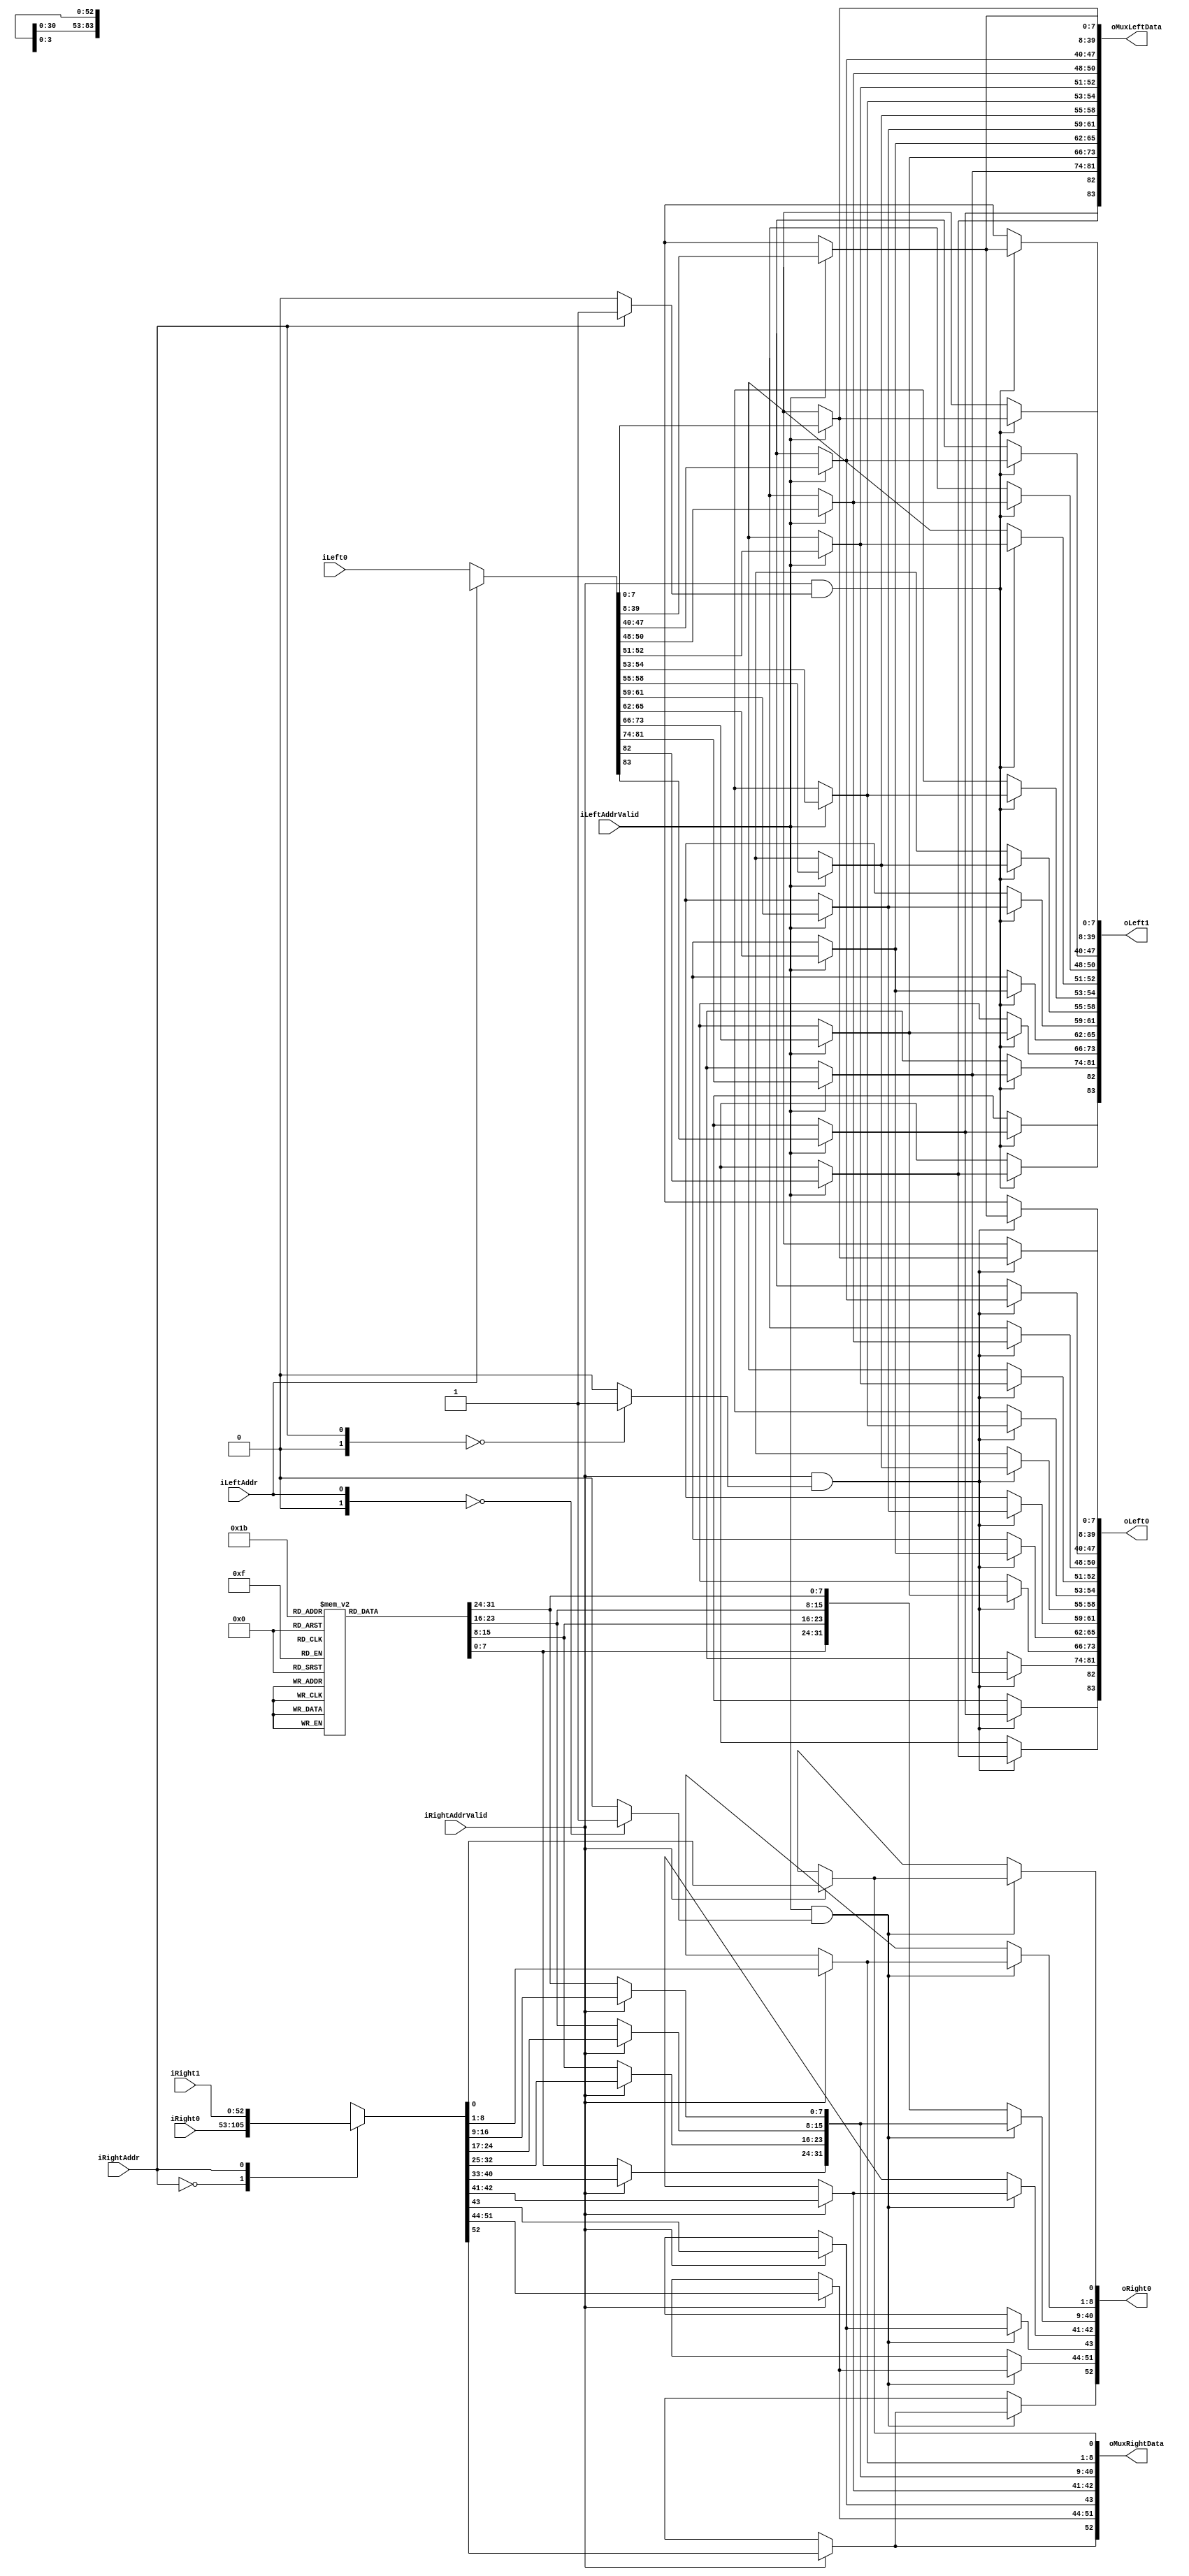
`timescale 1ns/1ps
`default_nettype none
// PLEASE READ THIS, IT MAY SAVE YOU SOME TIME AND MONEY, THANK YOU!
// * This file was generated by Quokka FPGA Toolkit.
// * Generated code is your property, do whatever you want with it
// * Place custom code between [BEGIN USER ***] and [END USER ***].
// * CAUTION: All code outside of [USER] scope is subject to regeneration.
// * Bad things happen sometimes in developer's life,
//   it is recommended to use source control management software (e.g. git, bzr etc) to keep your custom code safe'n'sound.
// * Internal structure of code is subject to change.
//   You can use some of signals in custom code, but most likely they will not exist in future (e.g. will get shorter or gone completely)
// * Please send your feedback, comments, improvement ideas etc. to evmuryshkin@gmail.com
// * Visit https://github.com/EvgenyMuryshkin/QuokkaEvaluation to access latest version of playground
//
// DISCLAIMER:
//   Code comes AS-IS, it is your responsibility to make sure it is working as expected
//   no responsibility will be taken for any loss or damage caused by use of Quokka toolkit.
//
// System configuration name is AXISoCBlinker_TopLevel_Interconnect_readInterconnect_DuplexMux, clock frequency is 1Hz, Embedded
// FSM summary
// -- Packages
module AXISoCBlinker_TopLevel_Interconnect_readInterconnect_DuplexMux
(
	// [BEGIN USER PORTS]
	// [END USER PORTS]
	input wire [83:0] iLeft0,
	input wire [0:0] iLeftAddr,
	input wire iLeftAddrValid,
	input wire [52:0] iRight0,
	input wire [52:0] iRight1,
	input wire [0:0] iRightAddr,
	input wire iRightAddrValid,
	output wire [83:0] oLeft0,
	output wire [83:0] oLeft1,
	output wire [83:0] oMuxLeftData,
	output wire [52:0] oMuxRightData,
	output wire [52:0] oRight0
);
	// [BEGIN USER SIGNALS]
	// [END USER SIGNALS]
	localparam HiSignal = 1'b1;
	localparam LoSignal = 1'b0;
	wire Zero = 1'b0;
	wire One = 1'b1;
	wire true = 1'b1;
	wire false = 1'b0;
	wire signed [1: 0] leftCount = 2'b01;
	wire signed [2: 0] rightCount = 3'b010;
	wire FullDuplexMuxModule_L94F13L104T14_0_rightIndex = 1'b0;
	wire FullDuplexMuxModule_L94F13L104T14_1_rightIndex = 1'b1;
	wire FullDuplexMuxModule_L118F13L128T14_0_leftIndex = 1'b0;
	wire [0: 0] Inputs_iLeftAddr;
	wire Inputs_iLeftAddrValid;
	wire [0: 0] Inputs_iRightAddr;
	wire Inputs_iRightAddrValid;
	reg [7: 0] mEmptyLeftData_AR_ARID;
	reg [31: 0] mEmptyLeftData_AR_ARADDR;
	reg [7: 0] mEmptyLeftData_AR_ARLEN;
	reg [2: 0] mEmptyLeftData_AR_ARSIZE;
	reg [1: 0] mEmptyLeftData_AR_ARBURST;
	reg [1: 0] mEmptyLeftData_AR_ARLOCK;
	reg [3: 0] mEmptyLeftData_AR_ARCACHE;
	reg [2: 0] mEmptyLeftData_AR_ARPROT;
	reg [3: 0] mEmptyLeftData_AR_ARQOS;
	reg [7: 0] mEmptyLeftData_AR_ARREGION;
	reg [7: 0] mEmptyLeftData_AR_ARUSER;
	reg mEmptyLeftData_AR_ARVALID;
	reg mEmptyLeftData_R_RREADY;
	reg mEmptyRightData_AR_ARREADY;
	reg [7: 0] mEmptyRightData_R_RID;
	reg [1: 0] mEmptyRightData_R_RRESP;
	reg mEmptyRightData_R_RLAST;
	reg [7: 0] mEmptyRightData_R_RUSER;
	reg mEmptyRightData_R_RVALID;
	reg [7: 0] mMuxLeftData_AR_ARID;
	reg [31: 0] mMuxLeftData_AR_ARADDR;
	reg [7: 0] mMuxLeftData_AR_ARLEN;
	reg [2: 0] mMuxLeftData_AR_ARSIZE;
	reg [1: 0] mMuxLeftData_AR_ARBURST;
	reg [1: 0] mMuxLeftData_AR_ARLOCK;
	reg [3: 0] mMuxLeftData_AR_ARCACHE;
	reg [2: 0] mMuxLeftData_AR_ARPROT;
	reg [3: 0] mMuxLeftData_AR_ARQOS;
	reg [7: 0] mMuxLeftData_AR_ARREGION;
	reg [7: 0] mMuxLeftData_AR_ARUSER;
	reg mMuxLeftData_AR_ARVALID;
	reg mMuxLeftData_R_RREADY;
	reg mMuxRightData_AR_ARREADY;
	reg [7: 0] mMuxRightData_R_RID;
	reg [1: 0] mMuxRightData_R_RRESP;
	reg mMuxRightData_R_RLAST;
	reg [7: 0] mMuxRightData_R_RUSER;
	reg mMuxRightData_R_RVALID;
	wire FullDuplexMuxModule_L94F13L104T14_0_FullDuplexMuxModule_L96F21T78_Expr;
	wire FullDuplexMuxModule_L94F13L104T14_0_FullDuplexMuxModule_L96F21T78_Expr_1;
	wire FullDuplexMuxModule_L94F13L104T14_0_FullDuplexMuxModule_L96F21T78_Expr_2;
	wire FullDuplexMuxModule_L94F13L104T14_1_FullDuplexMuxModule_L96F21T78_Expr;
	wire FullDuplexMuxModule_L94F13L104T14_1_FullDuplexMuxModule_L96F21T78_Expr_1;
	wire FullDuplexMuxModule_L94F13L104T14_1_FullDuplexMuxModule_L96F21T78_Expr_2;
	wire FullDuplexMuxModule_L118F13L128T14_0_FullDuplexMuxModule_L120F21T75_Expr;
	wire FullDuplexMuxModule_L118F13L128T14_0_FullDuplexMuxModule_L120F21T75_Expr_1;
	wire FullDuplexMuxModule_L118F13L128T14_0_FullDuplexMuxModule_L120F21T75_Expr_2;
	wire FullDuplexMuxModule_L94F13L104T14_0_FullDuplexMuxModule_L96F47T78_Expr;
	wire signed [1: 0] FullDuplexMuxModule_L94F13L104T14_0_FullDuplexMuxModule_L96F47T78_ExprLhs;
	wire signed [1: 0] FullDuplexMuxModule_L94F13L104T14_0_FullDuplexMuxModule_L96F47T78_ExprRhs;
	wire FullDuplexMuxModule_L94F13L104T14_1_FullDuplexMuxModule_L96F47T78_Expr;
	wire signed [1: 0] FullDuplexMuxModule_L94F13L104T14_1_FullDuplexMuxModule_L96F47T78_ExprLhs;
	wire signed [1: 0] FullDuplexMuxModule_L94F13L104T14_1_FullDuplexMuxModule_L96F47T78_ExprRhs;
	wire FullDuplexMuxModule_L118F13L128T14_0_FullDuplexMuxModule_L120F46T75_Expr;
	wire signed [1: 0] FullDuplexMuxModule_L118F13L128T14_0_FullDuplexMuxModule_L120F46T75_ExprLhs;
	wire signed [1: 0] FullDuplexMuxModule_L118F13L128T14_0_FullDuplexMuxModule_L120F46T75_ExprRhs;
	wire [83 : 0] Inputs_iLeft [0 : 0];
	wire [52 : 0] Inputs_iRight [0 : 1];
	reg [7 : 0] mEmptyRightData_R_RDATA [0 : 3];
	integer mEmptyRightData_R_RDATA_i;
	initial
	begin : Init_mEmptyRightData_R_RDATA
		for (mEmptyRightData_R_RDATA_i = 0; mEmptyRightData_R_RDATA_i < 4; mEmptyRightData_R_RDATA_i = mEmptyRightData_R_RDATA_i + 1)
			mEmptyRightData_R_RDATA[mEmptyRightData_R_RDATA_i] = 0;
	end
	reg [7 : 0] mMuxRightData_R_RDATA [0 : 3];
	integer mMuxRightData_R_RDATA_i;
	initial
	begin : Init_mMuxRightData_R_RDATA
		for (mMuxRightData_R_RDATA_i = 0; mMuxRightData_R_RDATA_i < 4; mMuxRightData_R_RDATA_i = mMuxRightData_R_RDATA_i + 1)
			mMuxRightData_R_RDATA[mMuxRightData_R_RDATA_i] = 0;
	end
	reg [83 : 0] mOutLeftData [0 : 1];
	integer mOutLeftData_i;
	initial
	begin : Init_mOutLeftData
		for (mOutLeftData_i = 0; mOutLeftData_i < 2; mOutLeftData_i = mOutLeftData_i + 1)
			mOutLeftData[mOutLeftData_i] = 0;
	end
	reg [52 : 0] mOutRightData [0 : 0];
	integer mOutRightData_i;
	initial
	begin : Init_mOutRightData
		for (mOutRightData_i = 0; mOutRightData_i < 1; mOutRightData_i = mOutRightData_i + 1)
			mOutRightData[mOutRightData_i] = 0;
	end
	assign FullDuplexMuxModule_L94F13L104T14_0_FullDuplexMuxModule_L96F47T78_Expr = FullDuplexMuxModule_L94F13L104T14_0_FullDuplexMuxModule_L96F47T78_ExprLhs == FullDuplexMuxModule_L94F13L104T14_0_FullDuplexMuxModule_L96F47T78_ExprRhs ? 1'b1 : 1'b0;
	assign FullDuplexMuxModule_L94F13L104T14_1_FullDuplexMuxModule_L96F47T78_Expr = FullDuplexMuxModule_L94F13L104T14_1_FullDuplexMuxModule_L96F47T78_ExprLhs == FullDuplexMuxModule_L94F13L104T14_1_FullDuplexMuxModule_L96F47T78_ExprRhs ? 1'b1 : 1'b0;
	assign FullDuplexMuxModule_L118F13L128T14_0_FullDuplexMuxModule_L120F46T75_Expr = FullDuplexMuxModule_L118F13L128T14_0_FullDuplexMuxModule_L120F46T75_ExprLhs == FullDuplexMuxModule_L118F13L128T14_0_FullDuplexMuxModule_L120F46T75_ExprRhs ? 1'b1 : 1'b0;
	assign FullDuplexMuxModule_L94F13L104T14_0_FullDuplexMuxModule_L96F21T78_Expr = FullDuplexMuxModule_L94F13L104T14_0_FullDuplexMuxModule_L96F21T78_Expr_1 & FullDuplexMuxModule_L94F13L104T14_0_FullDuplexMuxModule_L96F21T78_Expr_2;
	assign FullDuplexMuxModule_L94F13L104T14_1_FullDuplexMuxModule_L96F21T78_Expr = FullDuplexMuxModule_L94F13L104T14_1_FullDuplexMuxModule_L96F21T78_Expr_1 & FullDuplexMuxModule_L94F13L104T14_1_FullDuplexMuxModule_L96F21T78_Expr_2;
	assign FullDuplexMuxModule_L118F13L128T14_0_FullDuplexMuxModule_L120F21T75_Expr = FullDuplexMuxModule_L118F13L128T14_0_FullDuplexMuxModule_L120F21T75_Expr_1 & FullDuplexMuxModule_L118F13L128T14_0_FullDuplexMuxModule_L120F21T75_Expr_2;
	always @ (*)
	begin
		if ((Inputs_iLeftAddrValid == 1))
		begin
			mMuxLeftData_R_RREADY = Inputs_iLeft[Inputs_iLeftAddr][83];
			mMuxLeftData_AR_ARVALID = Inputs_iLeft[Inputs_iLeftAddr][82];
			mMuxLeftData_AR_ARUSER = Inputs_iLeft[Inputs_iLeftAddr][81:74];
			mMuxLeftData_AR_ARREGION = Inputs_iLeft[Inputs_iLeftAddr][73:66];
			mMuxLeftData_AR_ARQOS = Inputs_iLeft[Inputs_iLeftAddr][65:62];
			mMuxLeftData_AR_ARPROT = Inputs_iLeft[Inputs_iLeftAddr][61:59];
			mMuxLeftData_AR_ARCACHE = Inputs_iLeft[Inputs_iLeftAddr][58:55];
			mMuxLeftData_AR_ARLOCK = Inputs_iLeft[Inputs_iLeftAddr][54:53];
			mMuxLeftData_AR_ARBURST = Inputs_iLeft[Inputs_iLeftAddr][52:51];
			mMuxLeftData_AR_ARSIZE = Inputs_iLeft[Inputs_iLeftAddr][50:48];
			mMuxLeftData_AR_ARLEN = Inputs_iLeft[Inputs_iLeftAddr][47:40];
			mMuxLeftData_AR_ARADDR = Inputs_iLeft[Inputs_iLeftAddr][39:8];
			mMuxLeftData_AR_ARID = Inputs_iLeft[Inputs_iLeftAddr][7:0];
		end
		else
		begin
			mMuxLeftData_AR_ARID = mEmptyLeftData_AR_ARID;
			mMuxLeftData_AR_ARADDR = mEmptyLeftData_AR_ARADDR;
			mMuxLeftData_AR_ARLEN = mEmptyLeftData_AR_ARLEN;
			mMuxLeftData_AR_ARSIZE = mEmptyLeftData_AR_ARSIZE;
			mMuxLeftData_AR_ARBURST = mEmptyLeftData_AR_ARBURST;
			mMuxLeftData_AR_ARLOCK = mEmptyLeftData_AR_ARLOCK;
			mMuxLeftData_AR_ARCACHE = mEmptyLeftData_AR_ARCACHE;
			mMuxLeftData_AR_ARPROT = mEmptyLeftData_AR_ARPROT;
			mMuxLeftData_AR_ARQOS = mEmptyLeftData_AR_ARQOS;
			mMuxLeftData_AR_ARREGION = mEmptyLeftData_AR_ARREGION;
			mMuxLeftData_AR_ARUSER = mEmptyLeftData_AR_ARUSER;
			mMuxLeftData_AR_ARVALID = mEmptyLeftData_AR_ARVALID;
			mMuxLeftData_R_RREADY = mEmptyLeftData_R_RREADY;
		end
	end
	always @ (*)
	begin
		if ((FullDuplexMuxModule_L94F13L104T14_0_FullDuplexMuxModule_L96F21T78_Expr == 1))
		begin
			mOutLeftData[0][83] = mMuxLeftData_R_RREADY;
			mOutLeftData[0][82] = mMuxLeftData_AR_ARVALID;
			mOutLeftData[0][81:74] = mMuxLeftData_AR_ARUSER;
			mOutLeftData[0][73:66] = mMuxLeftData_AR_ARREGION;
			mOutLeftData[0][65:62] = mMuxLeftData_AR_ARQOS;
			mOutLeftData[0][61:59] = mMuxLeftData_AR_ARPROT;
			mOutLeftData[0][58:55] = mMuxLeftData_AR_ARCACHE;
			mOutLeftData[0][54:53] = mMuxLeftData_AR_ARLOCK;
			mOutLeftData[0][52:51] = mMuxLeftData_AR_ARBURST;
			mOutLeftData[0][50:48] = mMuxLeftData_AR_ARSIZE;
			mOutLeftData[0][47:40] = mMuxLeftData_AR_ARLEN;
			mOutLeftData[0][39:8] = mMuxLeftData_AR_ARADDR;
			mOutLeftData[0][7:0] = mMuxLeftData_AR_ARID;
		end
		else
		begin
			mOutLeftData[0][83] = mEmptyLeftData_R_RREADY;
			mOutLeftData[0][82] = mEmptyLeftData_AR_ARVALID;
			mOutLeftData[0][81:74] = mEmptyLeftData_AR_ARUSER;
			mOutLeftData[0][73:66] = mEmptyLeftData_AR_ARREGION;
			mOutLeftData[0][65:62] = mEmptyLeftData_AR_ARQOS;
			mOutLeftData[0][61:59] = mEmptyLeftData_AR_ARPROT;
			mOutLeftData[0][58:55] = mEmptyLeftData_AR_ARCACHE;
			mOutLeftData[0][54:53] = mEmptyLeftData_AR_ARLOCK;
			mOutLeftData[0][52:51] = mEmptyLeftData_AR_ARBURST;
			mOutLeftData[0][50:48] = mEmptyLeftData_AR_ARSIZE;
			mOutLeftData[0][47:40] = mEmptyLeftData_AR_ARLEN;
			mOutLeftData[0][39:8] = mEmptyLeftData_AR_ARADDR;
			mOutLeftData[0][7:0] = mEmptyLeftData_AR_ARID;
		end
	end
	always @ (*)
	begin
		if ((FullDuplexMuxModule_L94F13L104T14_1_FullDuplexMuxModule_L96F21T78_Expr == 1))
		begin
			mOutLeftData[1][83] = mMuxLeftData_R_RREADY;
			mOutLeftData[1][82] = mMuxLeftData_AR_ARVALID;
			mOutLeftData[1][81:74] = mMuxLeftData_AR_ARUSER;
			mOutLeftData[1][73:66] = mMuxLeftData_AR_ARREGION;
			mOutLeftData[1][65:62] = mMuxLeftData_AR_ARQOS;
			mOutLeftData[1][61:59] = mMuxLeftData_AR_ARPROT;
			mOutLeftData[1][58:55] = mMuxLeftData_AR_ARCACHE;
			mOutLeftData[1][54:53] = mMuxLeftData_AR_ARLOCK;
			mOutLeftData[1][52:51] = mMuxLeftData_AR_ARBURST;
			mOutLeftData[1][50:48] = mMuxLeftData_AR_ARSIZE;
			mOutLeftData[1][47:40] = mMuxLeftData_AR_ARLEN;
			mOutLeftData[1][39:8] = mMuxLeftData_AR_ARADDR;
			mOutLeftData[1][7:0] = mMuxLeftData_AR_ARID;
		end
		else
		begin
			mOutLeftData[1][83] = mEmptyLeftData_R_RREADY;
			mOutLeftData[1][82] = mEmptyLeftData_AR_ARVALID;
			mOutLeftData[1][81:74] = mEmptyLeftData_AR_ARUSER;
			mOutLeftData[1][73:66] = mEmptyLeftData_AR_ARREGION;
			mOutLeftData[1][65:62] = mEmptyLeftData_AR_ARQOS;
			mOutLeftData[1][61:59] = mEmptyLeftData_AR_ARPROT;
			mOutLeftData[1][58:55] = mEmptyLeftData_AR_ARCACHE;
			mOutLeftData[1][54:53] = mEmptyLeftData_AR_ARLOCK;
			mOutLeftData[1][52:51] = mEmptyLeftData_AR_ARBURST;
			mOutLeftData[1][50:48] = mEmptyLeftData_AR_ARSIZE;
			mOutLeftData[1][47:40] = mEmptyLeftData_AR_ARLEN;
			mOutLeftData[1][39:8] = mEmptyLeftData_AR_ARADDR;
			mOutLeftData[1][7:0] = mEmptyLeftData_AR_ARID;
		end
	end
	always @ (*)
	begin
		if ((Inputs_iRightAddrValid == 1))
		begin
			mMuxRightData_R_RVALID = Inputs_iRight[Inputs_iRightAddr][52];
			mMuxRightData_R_RUSER = Inputs_iRight[Inputs_iRightAddr][51:44];
			mMuxRightData_R_RLAST = Inputs_iRight[Inputs_iRightAddr][43];
			mMuxRightData_R_RRESP = Inputs_iRight[Inputs_iRightAddr][42:41];
			mMuxRightData_R_RDATA[3] = Inputs_iRight[Inputs_iRightAddr][40:33];
			mMuxRightData_R_RDATA[2] = Inputs_iRight[Inputs_iRightAddr][32:25];
			mMuxRightData_R_RDATA[1] = Inputs_iRight[Inputs_iRightAddr][24:17];
			mMuxRightData_R_RDATA[0] = Inputs_iRight[Inputs_iRightAddr][16:9];
			mMuxRightData_R_RID = Inputs_iRight[Inputs_iRightAddr][8:1];
			mMuxRightData_AR_ARREADY = Inputs_iRight[Inputs_iRightAddr][0];
		end
		else
		begin
			mMuxRightData_AR_ARREADY = mEmptyRightData_AR_ARREADY;
			mMuxRightData_R_RID = mEmptyRightData_R_RID;
			mMuxRightData_R_RDATA[0] = mEmptyRightData_R_RDATA[0];
			mMuxRightData_R_RDATA[1] = mEmptyRightData_R_RDATA[1];
			mMuxRightData_R_RDATA[2] = mEmptyRightData_R_RDATA[2];
			mMuxRightData_R_RDATA[3] = mEmptyRightData_R_RDATA[3];
			mMuxRightData_R_RRESP = mEmptyRightData_R_RRESP;
			mMuxRightData_R_RLAST = mEmptyRightData_R_RLAST;
			mMuxRightData_R_RUSER = mEmptyRightData_R_RUSER;
			mMuxRightData_R_RVALID = mEmptyRightData_R_RVALID;
		end
	end
	always @ (*)
	begin
		if ((FullDuplexMuxModule_L118F13L128T14_0_FullDuplexMuxModule_L120F21T75_Expr == 1))
		begin
			mOutRightData[0][52] = mMuxRightData_R_RVALID;
			mOutRightData[0][51:44] = mMuxRightData_R_RUSER;
			mOutRightData[0][43] = mMuxRightData_R_RLAST;
			mOutRightData[0][42:41] = mMuxRightData_R_RRESP;
			mOutRightData[0][40:9] = {
				mMuxRightData_R_RDATA[3],
				mMuxRightData_R_RDATA[2],
				mMuxRightData_R_RDATA[1],
				mMuxRightData_R_RDATA[0]
			}
			;
			mOutRightData[0][8:1] = mMuxRightData_R_RID;
			mOutRightData[0][0] = mMuxRightData_AR_ARREADY;
		end
		else
		begin
			mOutRightData[0][52] = mEmptyRightData_R_RVALID;
			mOutRightData[0][51:44] = mEmptyRightData_R_RUSER;
			mOutRightData[0][43] = mEmptyRightData_R_RLAST;
			mOutRightData[0][42:41] = mEmptyRightData_R_RRESP;
			mOutRightData[0][40:9] = {
				mEmptyRightData_R_RDATA[3],
				mEmptyRightData_R_RDATA[2],
				mEmptyRightData_R_RDATA[1],
				mEmptyRightData_R_RDATA[0]
			}
			;
			mOutRightData[0][8:1] = mEmptyRightData_R_RID;
			mOutRightData[0][0] = mEmptyRightData_AR_ARREADY;
		end
	end
	assign FullDuplexMuxModule_L94F13L104T14_0_FullDuplexMuxModule_L96F47T78_ExprLhs = {
		1'b0,
		Inputs_iRightAddr
	}
	;
	assign FullDuplexMuxModule_L94F13L104T14_0_FullDuplexMuxModule_L96F47T78_ExprRhs = {
		1'b0,
		FullDuplexMuxModule_L94F13L104T14_0_rightIndex
	}
	;
	assign FullDuplexMuxModule_L94F13L104T14_1_FullDuplexMuxModule_L96F47T78_ExprLhs = {
		1'b0,
		Inputs_iRightAddr
	}
	;
	assign FullDuplexMuxModule_L94F13L104T14_1_FullDuplexMuxModule_L96F47T78_ExprRhs = {
		1'b0,
		FullDuplexMuxModule_L94F13L104T14_1_rightIndex
	}
	;
	assign FullDuplexMuxModule_L118F13L128T14_0_FullDuplexMuxModule_L120F46T75_ExprLhs = {
		1'b0,
		Inputs_iLeftAddr
	}
	;
	assign FullDuplexMuxModule_L118F13L128T14_0_FullDuplexMuxModule_L120F46T75_ExprRhs = {
		1'b0,
		FullDuplexMuxModule_L118F13L128T14_0_leftIndex
	}
	;
	assign FullDuplexMuxModule_L94F13L104T14_0_FullDuplexMuxModule_L96F21T78_Expr_1 = Inputs_iRightAddrValid;
	assign FullDuplexMuxModule_L94F13L104T14_0_FullDuplexMuxModule_L96F21T78_Expr_2 = FullDuplexMuxModule_L94F13L104T14_0_FullDuplexMuxModule_L96F47T78_Expr;
	assign FullDuplexMuxModule_L94F13L104T14_1_FullDuplexMuxModule_L96F21T78_Expr_1 = Inputs_iRightAddrValid;
	assign FullDuplexMuxModule_L94F13L104T14_1_FullDuplexMuxModule_L96F21T78_Expr_2 = FullDuplexMuxModule_L94F13L104T14_1_FullDuplexMuxModule_L96F47T78_Expr;
	assign FullDuplexMuxModule_L118F13L128T14_0_FullDuplexMuxModule_L120F21T75_Expr_1 = Inputs_iLeftAddrValid;
	assign FullDuplexMuxModule_L118F13L128T14_0_FullDuplexMuxModule_L120F21T75_Expr_2 = FullDuplexMuxModule_L118F13L128T14_0_FullDuplexMuxModule_L120F46T75_Expr;
	assign Inputs_iLeft[0] = iLeft0;
	assign Inputs_iLeftAddr = iLeftAddr;
	assign Inputs_iLeftAddrValid = iLeftAddrValid;
	assign Inputs_iRight[0] = iRight0;
	assign Inputs_iRight[1] = iRight1;
	assign Inputs_iRightAddr = iRightAddr;
	assign Inputs_iRightAddrValid = iRightAddrValid;
	assign oLeft0 = mOutLeftData[0];
	assign oLeft1 = mOutLeftData[1];
	assign oMuxLeftData[83] = mMuxLeftData_R_RREADY;
	assign oMuxLeftData[82] = mMuxLeftData_AR_ARVALID;
	assign oMuxLeftData[81:74] = mMuxLeftData_AR_ARUSER;
	assign oMuxLeftData[73:66] = mMuxLeftData_AR_ARREGION;
	assign oMuxLeftData[65:62] = mMuxLeftData_AR_ARQOS;
	assign oMuxLeftData[61:59] = mMuxLeftData_AR_ARPROT;
	assign oMuxLeftData[58:55] = mMuxLeftData_AR_ARCACHE;
	assign oMuxLeftData[54:53] = mMuxLeftData_AR_ARLOCK;
	assign oMuxLeftData[52:51] = mMuxLeftData_AR_ARBURST;
	assign oMuxLeftData[50:48] = mMuxLeftData_AR_ARSIZE;
	assign oMuxLeftData[47:40] = mMuxLeftData_AR_ARLEN;
	assign oMuxLeftData[39:8] = mMuxLeftData_AR_ARADDR;
	assign oMuxLeftData[7:0] = mMuxLeftData_AR_ARID;
	assign oMuxRightData[52] = mMuxRightData_R_RVALID;
	assign oMuxRightData[51:44] = mMuxRightData_R_RUSER;
	assign oMuxRightData[43] = mMuxRightData_R_RLAST;
	assign oMuxRightData[42:41] = mMuxRightData_R_RRESP;
	assign oMuxRightData[40:33] = mMuxRightData_R_RDATA[3];
	assign oMuxRightData[32:25] = mMuxRightData_R_RDATA[2];
	assign oMuxRightData[24:17] = mMuxRightData_R_RDATA[1];
	assign oMuxRightData[16:9] = mMuxRightData_R_RDATA[0];
	assign oMuxRightData[8:1] = mMuxRightData_R_RID;
	assign oMuxRightData[0] = mMuxRightData_AR_ARREADY;
	assign oRight0 = mOutRightData[0];
	// [BEGIN USER ARCHITECTURE]
	// [END USER ARCHITECTURE]
endmodule